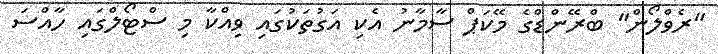
"ރެވްލޯން" ބްރޭންޑްގެ މޭކަޕް ސާމާނު އެކި އަގުތަކުގައި ވިއްކާ މި ސްޓޯލްގައި ހާއްސަ